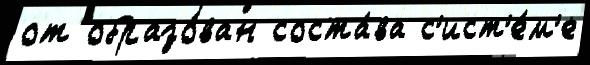
от образо́ван соста́ва с'ист'е́м'е